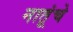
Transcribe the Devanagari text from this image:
नातूंचे